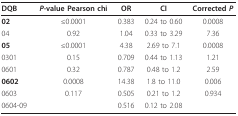
| DQB | P-value Pearson chi | OR | CI | Corrected P |
 | --- | --- | --- | --- | --- |
 | 02 | ≤0.0001 | 0.383 | 0.24 to 0.60 | 0.0008 |
 | 04 | 0.92 | 1.04 | 0.33 to 3.29 | 7.36 |
 | 05 | ≤0.0001 | 4.38 | 2.69 to 7.1 | 0.0008 |
 | 0301 | 0.15 | 0.709 | 0.44 to 1.13 | 1.21 |
 | 0601 | 0.32 | 0.787 | 0.48 to 1.2 | 2.59 |
 | 0602 | 0.0008 | 14.38 | 1.8 to 11.0 | 0.006 |
 | 0603 | 0.117 | 0.505 | 0.21 to 1.2 | 0.934 |
 | 0604-09 |  | 0.516 | 0.12 to 2.08 |  |